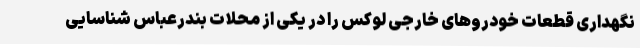
نگهداری قطعات خودروهای خارجی لوکس را در یکی از محلات بندرعباس شناسایی